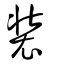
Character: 𧚌